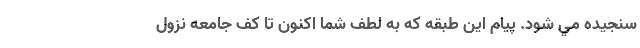
سنجیده مي شود. پیام این طبقه که به لطف شما اکنون تا كف جامعه نزول